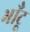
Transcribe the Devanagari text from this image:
भाँटू